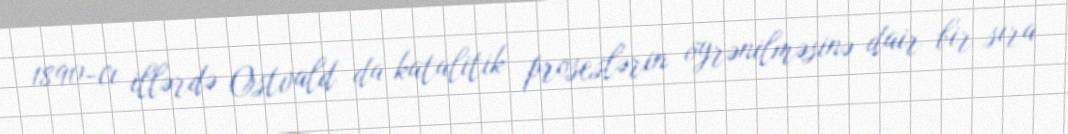
1890-cı illərdə Ostvald da katalitik proseslərin öyrənilməsinə dair bir sıra